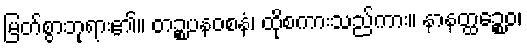
မြတ်စွာဘုရား၏။ တဉ္စပနဝစနံ၊ ထိုစကားသည်ကား။ နာနတ္ထဉ္စေဝ၊